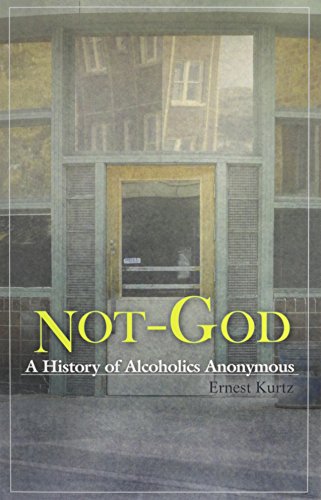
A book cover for Not God: A History of Alcoholics Anonymous; Ernest Kurtz; Comics & Graphic Novels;